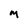
Character: M